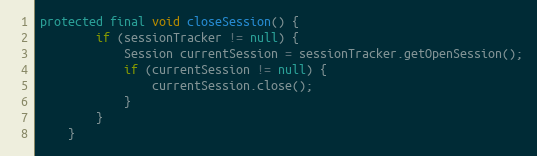
Language: Java
protected final void closeSession() {
        if (sessionTracker != null) {
            Session currentSession = sessionTracker.getOpenSession();
            if (currentSession != null) {
                currentSession.close();
            }
        }
    }